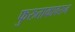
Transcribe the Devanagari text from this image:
फुरुताकावरुन